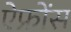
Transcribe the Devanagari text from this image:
ऐफ्रोंस